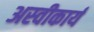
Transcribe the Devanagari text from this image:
अस्‍वीकार्य